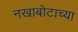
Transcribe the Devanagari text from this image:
नखाबोटाच्या